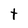
Character: t